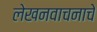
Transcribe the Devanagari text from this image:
लेखनवाचनाचे